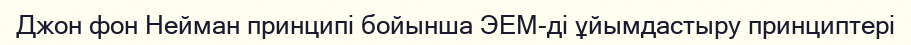
Джон фон Нейман принципі бойынша ЭЕМ-ді ұйымдастыру принциптері